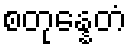
စတုန္နေတံ